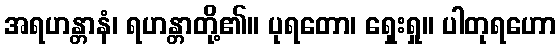
အရဟန္တာနံ၊ ရဟန္တာတို့၏။ ပုရတော၊ ရှေးရှု။ ပါတုရဟော